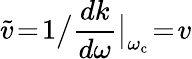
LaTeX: \widetilde{v}\! =\! 1\big/\frac{dk}{d\omega}\big|_{\omega_{\mathrm{c}}}\! =\! v